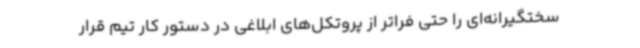
سختگیرانه‌ای را حتی فراتر از پروتکل‌های ابلاغی در دستور کار تیم قرار